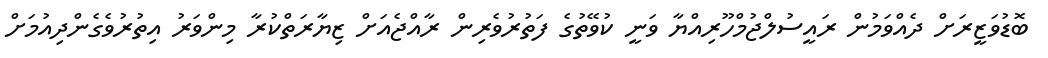
ބޮޑުވަޒީރަށް ދެއްވަމުން ރައީސުލްޖުމްހޫރިއްޔާ ވަނީ ކުވޭތުގެ ފަތުރުވެރިން ރާއްޖެއަށް ޒިޔާރަތްކުރާ މިންވަރު އިތުރުވެގެންދިއުމަށް